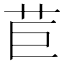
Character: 苣